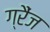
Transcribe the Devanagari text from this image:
ग्रैंज